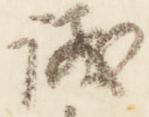
議